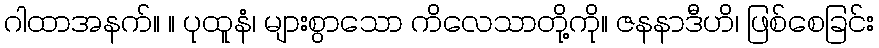
ဂါထာအနက်။ ။ ပုထူနံ၊ များစွာသော ကိလေသာတို့ကို။ ဇနနာဒီဟိ၊ ဖြစ်စေခြင်း